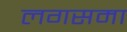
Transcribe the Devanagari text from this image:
लगसमा